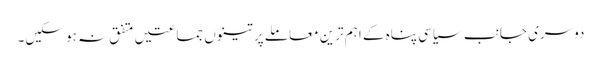
دوسری جانب سیاسی پناہ کے اہم ترین معاملے پر تینوں جماعتیں متفق نہ ہو سکیں۔